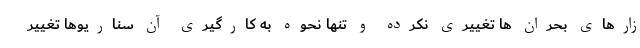
زارهای بحران ها تغییری نکرده و تنها نحوه به کارگیری آن سناریوها تغییر